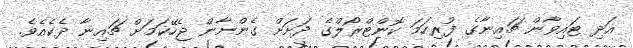
އަދި ޓައިވާން ޗައިނާގެ ފުރިހަމަ ކޮންޓްރޯލްގެ ދަށަށް ގެންނާން ޖެހޭކަމަށް ޗައިނާ ދެކެއެވެ.